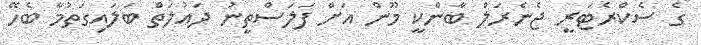
ގެ ސެކްރެޓަރީ ޖެނެރަލް ބާންކީ މޫން އަށް ފަލަސްތީނު ދައުލަތް ބަލައިގަތުމާ ބެހޭ